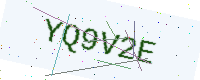
Text: YQ9V2E